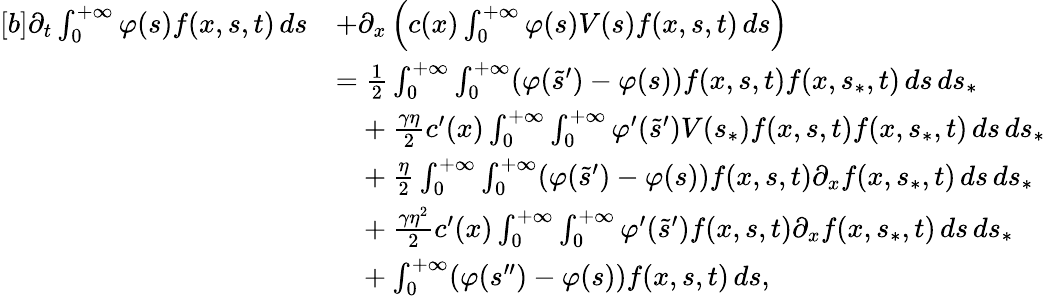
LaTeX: \begin{array}{r}{\begin{array}{rl}{[b]\partial_{t}\int_{0}^{+\infty}\varphi(s)f(x,s,t)\, ds}&{+\partial_{x}\left(c(x)\int_{0}^{+\infty}\varphi(s)V(s)f(x,s,t)\, ds\right)}\\ &{=\frac{1}{2}\int_{0}^{+\infty}\int_{0}^{+\infty}(\varphi(\tilde{s}^{\prime})-\varphi(s))f(x,s,t)f(x,s_{\ast},t)\, ds\, ds_{\ast}}\\ &{\phantom{=}+\frac{\gamma\eta}{2}c^{\prime}(x)\int_{0}^{+\infty}\int_{0}^{+\infty}\varphi^{\prime}(\tilde{s}^{\prime})V(s_{\ast})f(x,s,t)f(x,s_{\ast},t)\, ds\, ds_{\ast}}\\ &{\phantom{=}+\frac{\eta}{2}\int_{0}^{+\infty}\int_{0}^{+\infty}(\varphi(\tilde{s}^{\prime})-\varphi(s))f(x,s,t)\partial_{x}f(x,s_{\ast},t)\, ds\, ds_{\ast}}\\ &{\phantom{=}+\frac{\gamma\eta^{2}}{2}c^{\prime}(x)\int_{0}^{+\infty}\int_{0}^{+\infty}\varphi^{\prime}(\tilde{s}^{\prime})f(x,s,t)\partial_{x}f(x,s_{\ast},t)\, ds\, ds_{\ast}}\\ &{\phantom{=}+\int_{0}^{+\infty}(\varphi(s^{\prime\prime})-\varphi(s))f(x,s,t)\, ds,}\end{array}}\end{array}